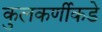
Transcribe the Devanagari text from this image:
कुलकर्णीकडे